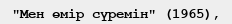
"Мен өмір сүремін" (1965),